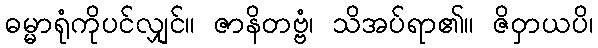
ဓမ္မာရုံကိုပင်လျှင်။ ဇာနိတဗ္ဗံ၊ သိအပ်ရာ၏။ ဇိဝှာယပိ၊